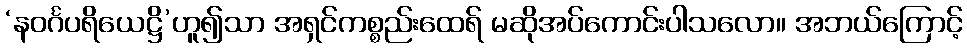
‘နဝင်္ဂပရိယေဋ္ဌိ’ဟူ၍သာ အရှင်ကစ္စည်းထေရ် မဆိုအပ်ကောင်းပါသလော။ အဘယ်ကြောင့်